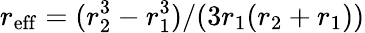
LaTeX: r_{\mathrm{eff}}=(r_{2}^{3}-r_{1}^{3})/(3r_{1}(r_{2}+r_{1}))